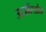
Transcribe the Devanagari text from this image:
ऊर्जास्त्रोत